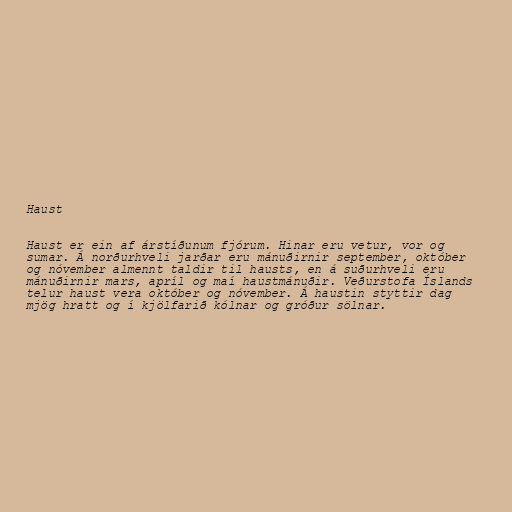
Haust

Haust er ein af árstíðunum fjórum. Hinar eru vetur, vor og
sumar. Á norðurhveli jarðar eru mánuðirnir september, október
og nóvember almennt taldir til hausts, en á suðurhveli eru
mánuðirnir mars, apríl og maí haustmánuðir. Veðurstofa Íslands
telur haust vera október og nóvember. Á haustin styttir dag
mjög hratt og í kjölfarið kólnar og gróður sölnar.